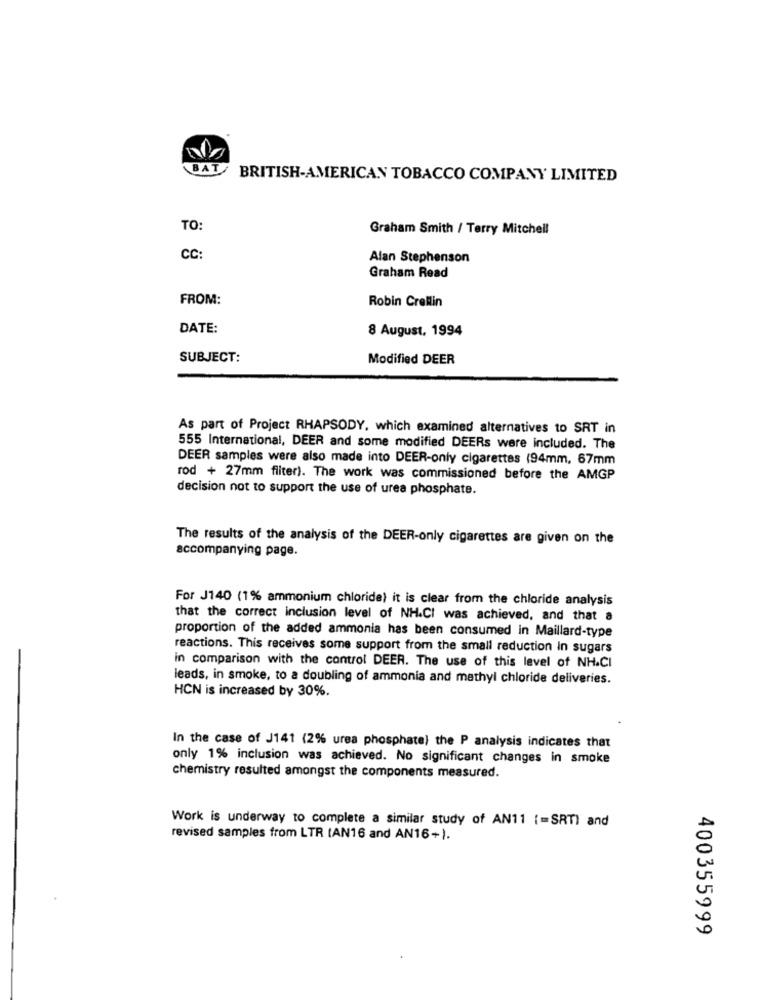
BAT
BRITISH-AMERICAN TOBACCO COMPANY LIMITED
TO:
Graham Smith / Terry Mitchell
CC:
Alan Stephenson
Graham Read
FROM:
Robin Crellin
DATE:
8 August, 1994
SUBJECT:
Modified DEER
As part of Project RHAPSODY, which examined alternatives to SRT in
555 International, DEER and some modified DEERs were included. The
DEER samples were also made into DEER-only cigarettes (94mm, 67mm
rod + 27mm fliter). The work was commissioned before the AMGP
decision not to support the use of urea phosphate.
The results of the analysis of the DEER-only cigarettes are given on the
accompanying page.
For J140 (1% ammonium chloride) it is clear from the chloride analysis
that the correct inclusion level of NH.CI was achieved, and that a
proportion of the added ammonia has been consumed in Maillard-type
reactions. This receives some support from the small reduction In sugars
in comparison with the control DEER. The use of this level of NH.CI
leads, in smoke, to a doubling of ammonia and mathyl chloride deliveries.
HCN is increased by 30%.
In the case of J141 (2% urea phosphate) the P analysis indicates that
only 1% inclusion was achieved. No significant changes in smoke
chemistry resulted amongst the components measured.
Work is underway to complete a similar study of AN11 [=SRT) and
revised samples from LTR (AN16 and AN16+).
400355999